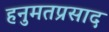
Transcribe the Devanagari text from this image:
हनुमतप्रसाद